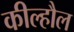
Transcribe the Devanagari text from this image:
कील्हौल